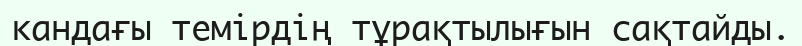
кандағы темірдің тұрақтылығын сақтайды.